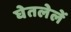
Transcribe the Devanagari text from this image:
घेतलेलें